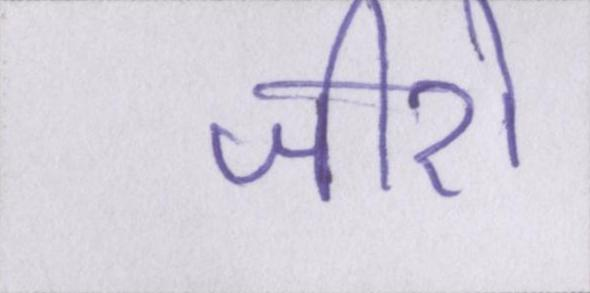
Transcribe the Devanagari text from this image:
जीरो